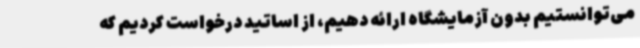
می‌توانستیم بدون آزمایشگاه ارائه دهیم، از اساتید درخواست کردیم که